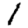
Digit: 1